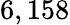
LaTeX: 6,158